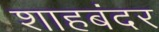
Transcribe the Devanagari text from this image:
शाहबंदर